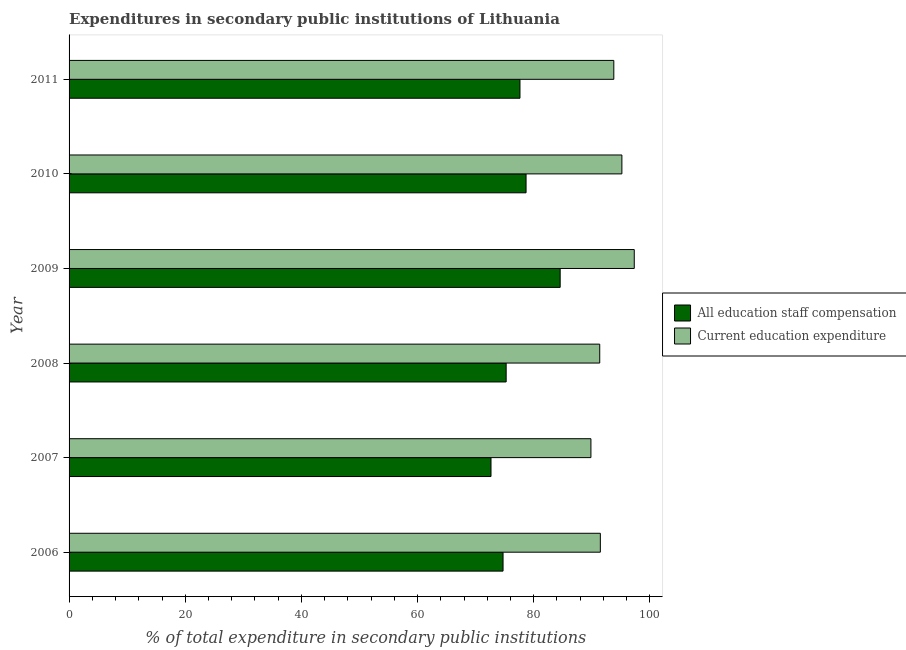
| Year | All education staff compensation | Current education expenditure |
 | --- | --- | --- |
 | 2006 | 74.7 | 91.5 |
 | 2007 | 72.6 | 89.8 |
 | 2008 | 75.2 | 91.4 |
 | 2009 | 84.6 | 97.3 |
 | 2010 | 78.7 | 95.2 |
 | 2011 | 77.6 | 93.8 |